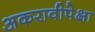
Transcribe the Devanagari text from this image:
अकरावीपेक्षा